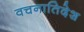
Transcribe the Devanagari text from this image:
वचनातिदेश